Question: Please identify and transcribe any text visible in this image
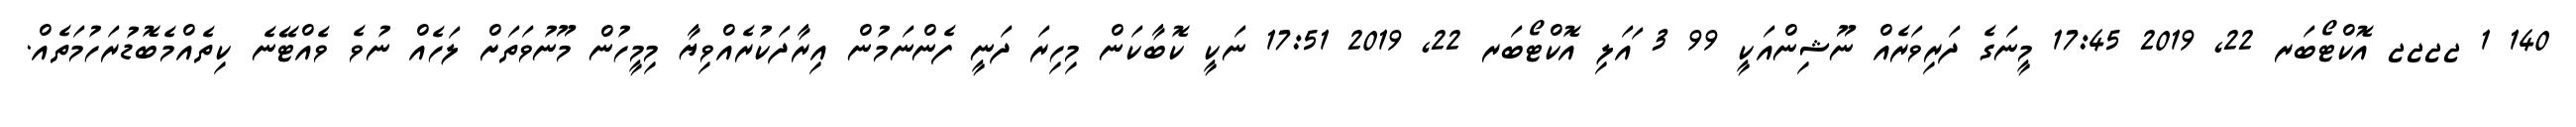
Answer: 140 1 ޖޖޖޖ އޮކްޓޯބަރ 22, 2019 17:45 މީނަގެ ދަރިވަރެއް ނޫޝިންއަކީ 99 3 ައަލި އޮކްޓޯބަރ 22, 2019 17:51 ނަކީ ކޮބާކަން މިހިރަ ދަނީ ފެންނަމުން އިރާދަކުރެއްވިޔާ މިމީހުން މޫނުވަތަށް ލަހެއް ނުވެ ވެއްޓޭނެ ކިތެއްމެބޮޑުރަހުމަތެއް.